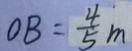
O B = \frac { 4 } { 5 } m